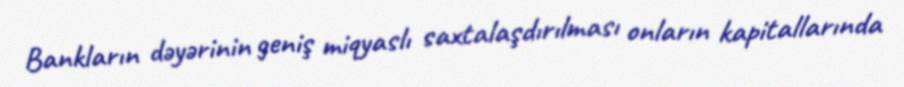
Bankların dəyərinin geniş miqyaslı saxtalaşdırılması onların kapitallarında